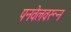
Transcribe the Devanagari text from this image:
पनवेलवरून